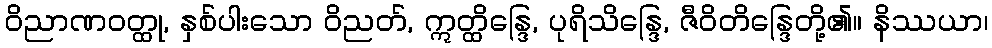
ဝိညာဏဝတ္ထု, နှစ်ပါးသော ဝိညတ်, ဣတ္ထိန္ဒြေ, ပုရိသိန္ဒြေ, ဇီဝိတိန္ဒြေတို့၏။ နိဿယာ၊